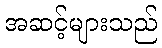
အဆင့်များသည်